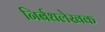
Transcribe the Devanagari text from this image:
निर्बधलेखक